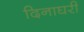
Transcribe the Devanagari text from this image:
दिनाघरी